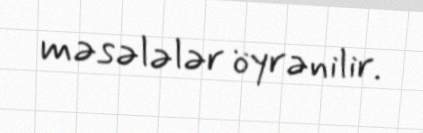
məsələlər öyrənilir.